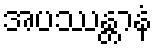
အပဿန္တာနံ